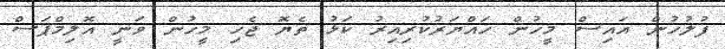
ފުލުހުން އައިސް މީހުން ހައްޔަރުކުރިއިރު ކަޅު ތެޔޮ ޖެހި މީހުން ވަނީ އޮލިމްޕަސް